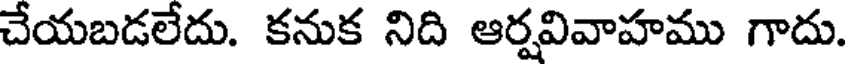
చేయబడలేదు. కనుక నిది ఆర్షవివాహము గాదు.